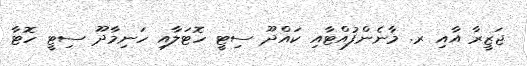
ޖަޒީރާ އާއި ރ. މާނެންފުއްޓާއި ކައްދޫ ސިޓީ ހޮޓަލާއި ހަނިމާދޫ ސިޓީ ހޮޓާ